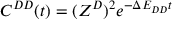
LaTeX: C ^ { D D } ( t ) = ( Z ^ { D } ) ^ { 2 } e ^ { - \Delta E _ { D D } t }